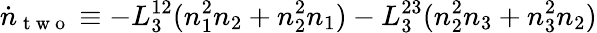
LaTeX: \dot{n}_{\mathrm{~t~w~o~}}\equiv-L_{3}^{12}(n_{1}^{2}n_{2}+n_{2}^{2}n_{1})-L_{3}^{23}(n_{2}^{2}n_{3}+n_{3}^{2}n_{2})